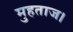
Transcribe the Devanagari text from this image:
मुहताज।